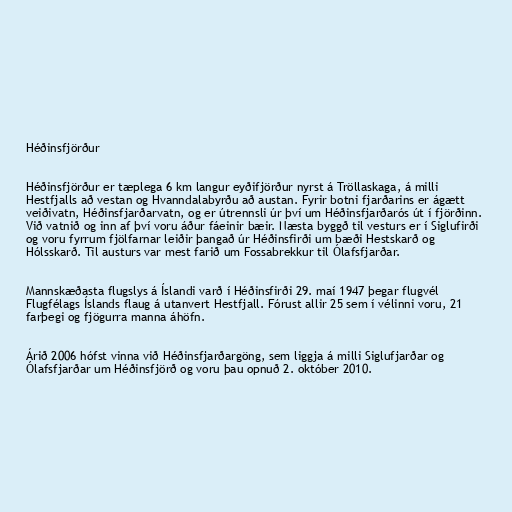
Héðinsfjörður

Héðinsfjörður er tæplega 6 km langur eyðifjörður nyrst á Tröllaskaga, á milli
Hestfjalls að vestan og Hvanndalabyrðu að austan. Fyrir botni fjarðarins er ágætt
veiðivatn, Héðinsfjarðarvatn, og er útrennsli úr því um Héðinsfjarðarós út í fjörðinn.
Við vatnið og inn af því voru áður fáeinir bæir. Næsta byggð til vesturs er í Siglufirði
og voru fyrrum fjölfarnar leiðir þangað úr Héðinsfirði um bæði Hestskarð og
Hólsskarð. Til austurs var mest farið um Fossabrekkur til Ólafsfjarðar.

Mannskæðasta flugslys á Íslandi varð í Héðinsfirði 29. maí 1947 þegar flugvél
Flugfélags Íslands flaug á utanvert Hestfjall. Fórust allir 25 sem í vélinni voru, 21
farþegi og fjögurra manna áhöfn.

Árið 2006 hófst vinna við Héðinsfjarðargöng, sem liggja á milli Siglufjarðar og
Ólafsfjarðar um Héðinsfjörð og voru þau opnuð 2. október 2010.